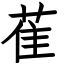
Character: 萑